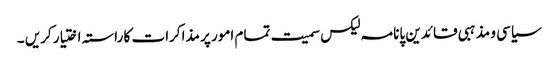
سیاسی و مذہبی قائدین پانامہ لیکس سمیت تمام امور پر مذاکرات کا راستہ اختیار کریں ۔